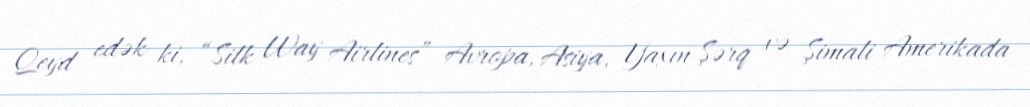
Qeyd edək ki, “Silk Way Airlines” Avropa, Asiya, Yaxın Şərq və Şimali Amerikada